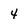
Character: 4